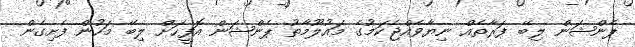
ޕެންޝަން ލިބޭ ފަރާތެއް ނިޔާވެއްޖެކަމުގެ މައުލޫމާތު ޕެންޝަން އޮފީހަށް ލިބޭ މަހުން ފެށިގެން